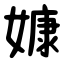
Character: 嫝